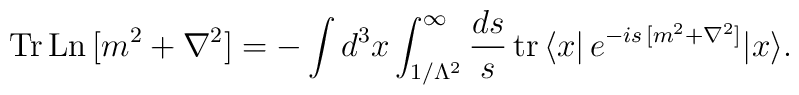
{\rm Tr\,Ln}\,[m^2 + \nabla^2]=-\int d^3 x   \int_{1/\Lambda^2}^{\infty}\frac{ds}{s}\,{\rm tr}\,   \langle x|\,e^{-is\,[m^2 + \nabla^2]}|x \rangle.